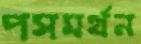
পসমর্থন